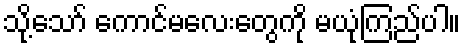
သို့သော် ကောင်မလေးတွေကို မယုံကြည်ပါ။